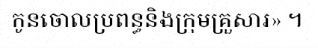
កូនចោលប្រពន្ធនិងក្រុមគ្រួសារ» ។